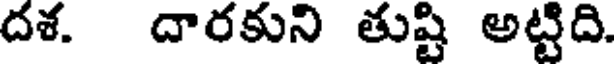
దశ. దారకుని తుష్టి అట్టిది.